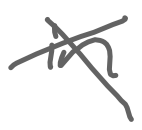
Text: in
Cross-out: cross
Writing tool: digital_gray